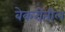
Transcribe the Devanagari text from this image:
बेकरीतील